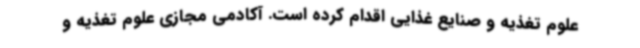
علوم تغذیه و صنایع غذایی اقدام کرده است. آکادمی مجازی علوم تغذیه و